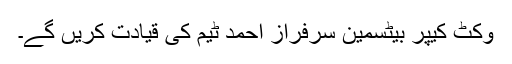
وکٹ کیپر بیٹسمین سرفراز احمد ٹیم کی قیادت کریں گے۔